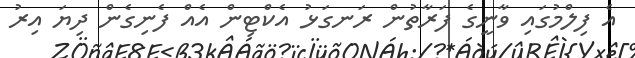
އެ ފިލްމުގައި ވާނީގެ ފަރާތުން ރަނގަޅު އެކްޓިން އެއް ފެނިގެން ދިޔަ އިރު